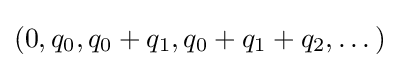
(0,q_{0},q_{0}+q_{1},q_{0}+q_{1}+q_{2},\dotsc )